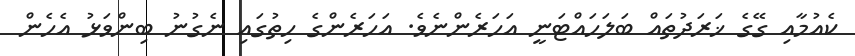
ކެއުމާއި ގޭގެ ޚަރަދުތައް ބަލަހައްޓަނީ އަހަރެންނެވެ. އަހަރެންގެ ހިތުގައި ނެގުނު ބިންވަޅު އެހެން